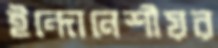
ইন্দোনেশীয়র